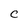
Character: C